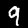
Digit: 9